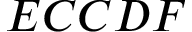
E C C D F